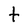
Character: t